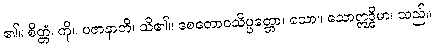
၏။ စိတ္တံ၊ ကို။ ပဇာနာတိ၊ သိ၏။ စေတောဝသိပ္ပတ္တော၊ သော။ သောဣဒ္ဓိမာ၊ သည်။